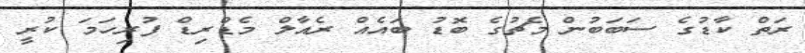
ރަތް ކާޑުގެ ސަބަބުން މެޗުގެ ބޮޑު ބައެއް ރެއާލް މެޑްރިޑް ފުރިހަމަ ކުރީ